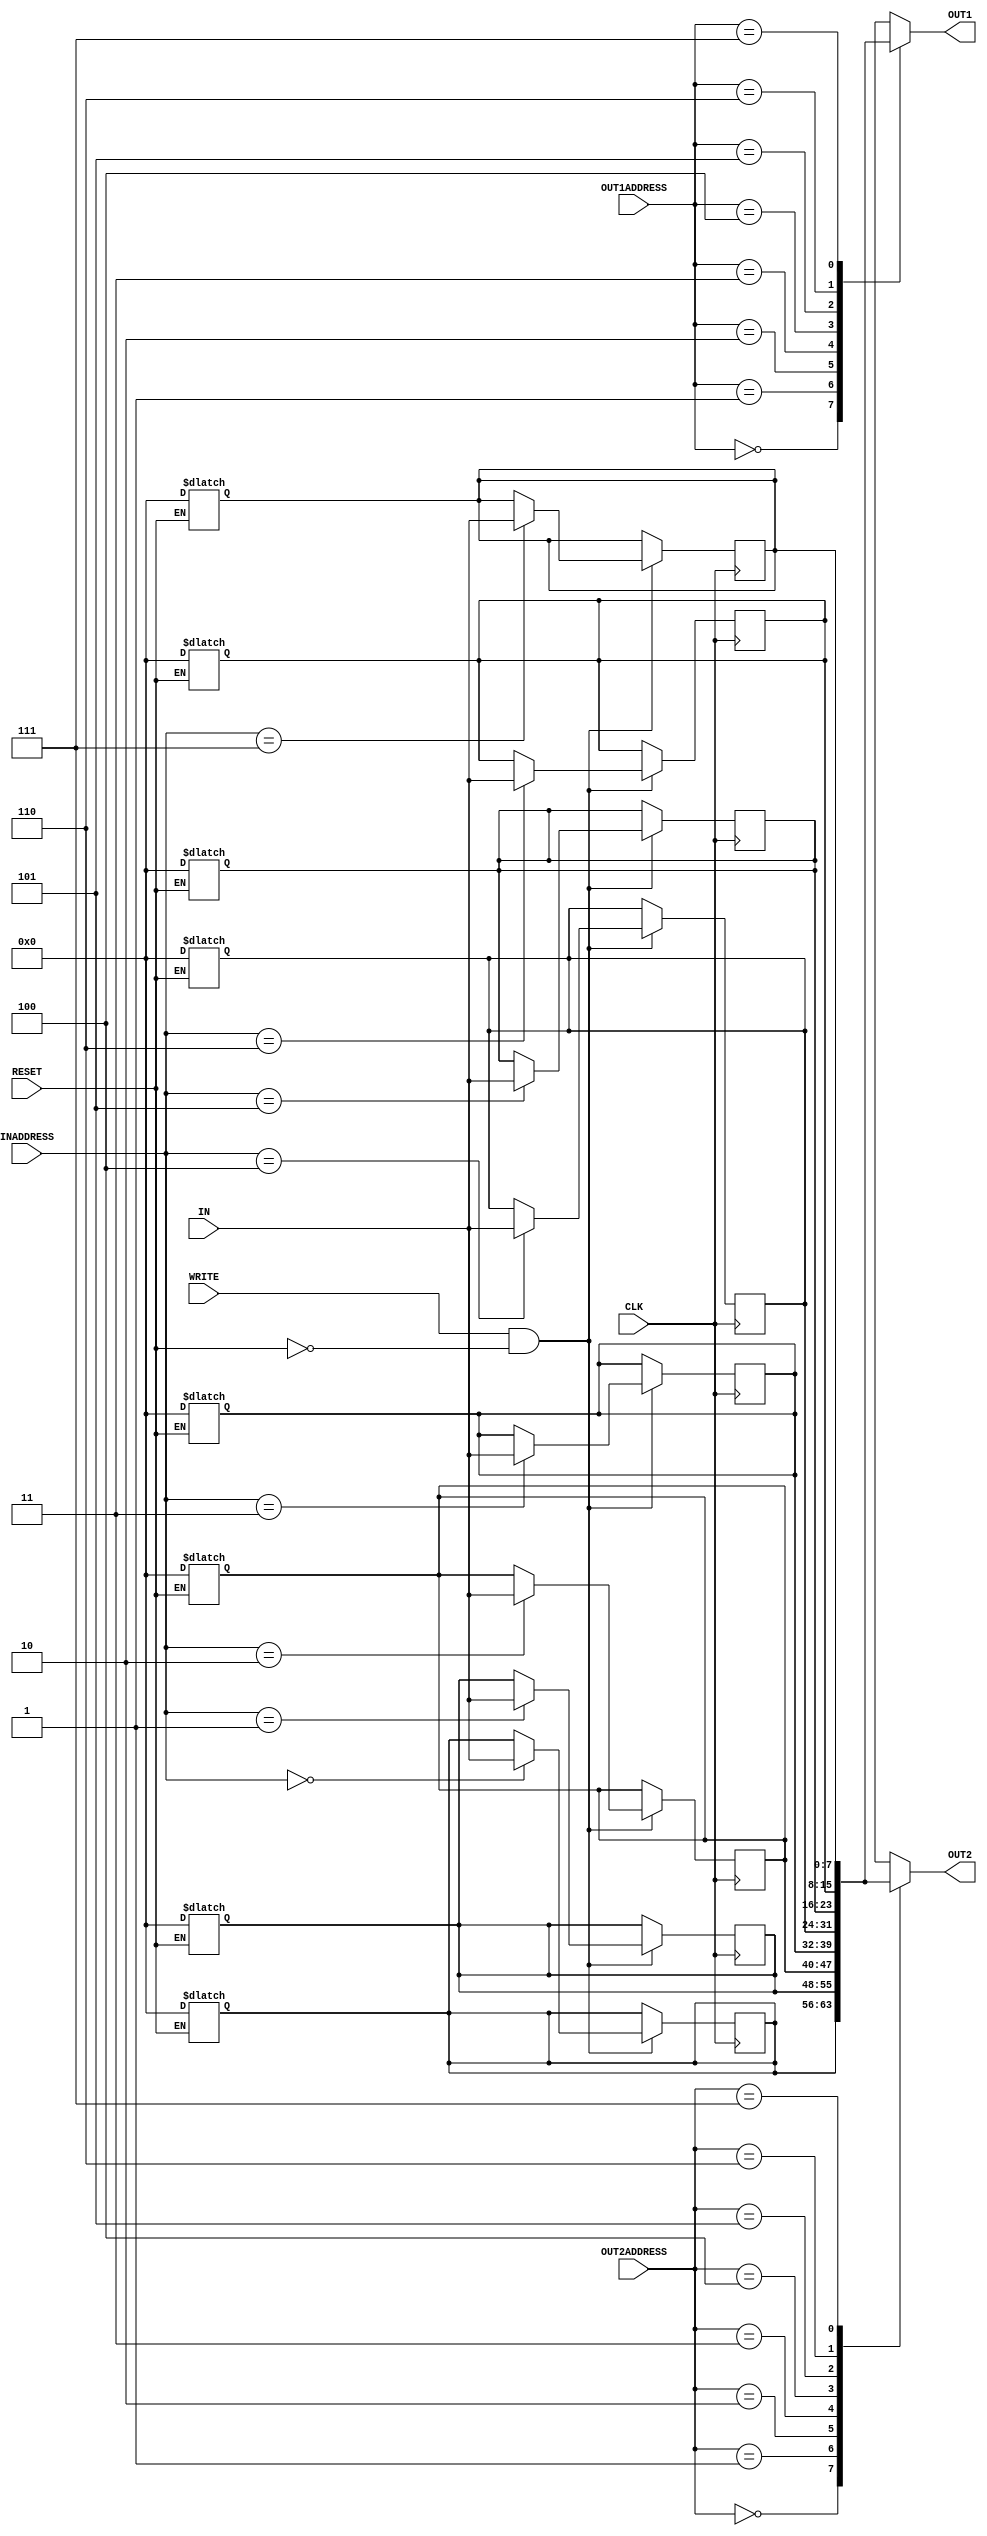

/*
Author: E/16/200
Name: Lakmali B.L.S.
Lab 5 Part 2
Register file implementation
*/


module reg_file (IN, OUT1, OUT2, INADDRESS, OUT1ADDRESS, OUT2ADDRESS, WRITE, CLK, RESET);
	
	reg [7:0] REGISTERS[7:0];//register array 
	
	output wire  [7:0] OUT1, OUT2; //values read from the registers
	
	input[7:0] IN;//data writes into the register
	input[2:0] INADDRESS, OUT1ADDRESS, OUT2ADDRESS;//addresses of the register to write and read
	
	input WRITE, CLK, RESET;//when write is enable data is written to the registers in positive edges of the CLK
	//when RESET is high ,all the register values are cleared, and assign 0
	
	integer i;//i for loop
		
	
	assign #2 OUT1 = REGISTERS[OUT1ADDRESS];//assinchronously, OUT1 is assigned with the values regarding to paricular register address
	assign #2 OUT2 = REGISTERS[OUT2ADDRESS];//same as above, OUT2 has the value of the register which has the OUT2ADDRESS
	
	
	//following block is for reseting, we do it asynchronously and consider it as level triggered
	always @(RESET)
	begin
	
		if (RESET)//when reset is high , register values become 0
		  begin
			 	 
			#2 for(i=0;i<8;i=i+1)//we have put  2 time units delay
			begin
				  REGISTERS[i] <= 0;//assign 0
			end
		end
		
	end
	
	
	
	//followig block is for writing into the registers
	always @(posedge CLK)//data is writen to the registers in the positive edge of the clock
	begin
	
		if(WRITE && (!RESET))//when write is 1 and when reset is not 1, data is writted
		begin
			   #2 REGISTERS[INADDRESS] <= IN;//data is written to particular register
		end
		
	end
	

	

endmodule